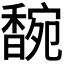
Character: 𬳞